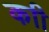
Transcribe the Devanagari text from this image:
काी